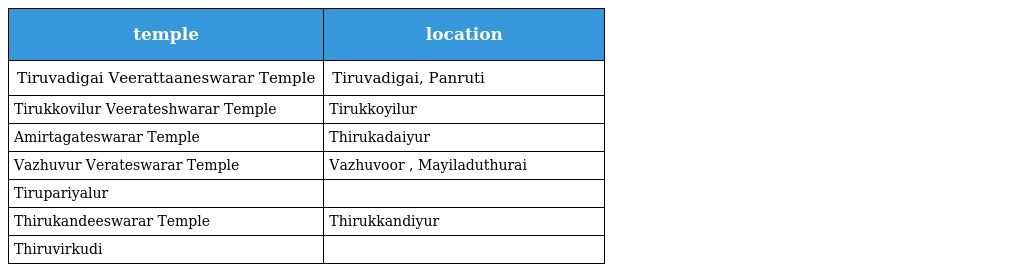
| temple | location |
 | --- | --- |
 | Tiruvadigai Veerattaaneswarar Temple | Tiruvadigai, Panruti |
 | Tirukkovilur Veerateshwarar Temple | Tirukkoyilur |
 | Amirtagateswarar Temple | Thirukadaiyur |
 | Vazhuvur Verateswarar Temple | Vazhuvoor , Mayiladuthurai |
 | Tirupariyalur |  |
 | Thirukandeeswarar Temple | Thirukkandiyur |
 | Thiruvirkudi |  |